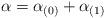
LaTeX: \begin{align*}\alpha=\alpha_{(0)}+\alpha_{(1)}\end{align*}